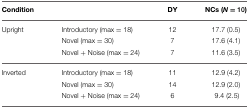
<table><thead><tr><td><b>Condition</b></td><td></td><td><b>DY</b></td><td><b>NCs (<i>N</i> = 10)</b></td></tr></thead><tbody><tr><td>Upright</td><td>Introductory (max = 18)</td><td>12</td><td>17.7 (0.5)</td></tr><tr><td></td><td>Novel (max = 30)</td><td>7</td><td>17.6 (4.1)</td></tr><tr><td></td><td>Novel + Noise (max = 24)</td><td>7</td><td>11.6 (3.5)</td></tr><tr><td>Inverted</td><td>Introductory (max = 18)</td><td>11</td><td>12.9 (4.2)</td></tr><tr><td></td><td>Novel (max = 30)</td><td>14</td><td>12.9 (2.0)</td></tr><tr><td></td><td>Novel + Noise (max = 24)</td><td>6</td><td>9.4 (2.5)</td></tr></tbody></table>